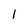
Character: 1